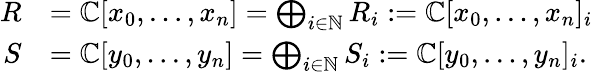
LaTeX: \begin{array}{rl}{R}&{=\mathbb{C}[x_{0},\dots,x_{n}]=\bigoplus_{i\in\mathbb{N}}R_{i}:=\mathbb{C}[x_{0},\dots,x_{n}]_{i}}\\ {S}&{=\mathbb{C}[y_{0},\dots,y_{n}]=\bigoplus_{i\in\mathbb{N}}S_{i}:=\mathbb{C}[y_{0},\dots,y_{n}]_{i}.}\end{array}